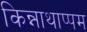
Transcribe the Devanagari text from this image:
किन्नाथाप्पम